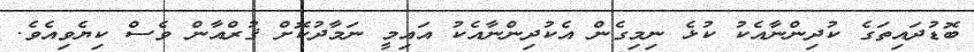
ބޮޑުދައިތަގެ ކުދިންނާއެކު ކުޅެ ނިމިގެން އެކުދިންނާއެކު އައިމީ ނަމާދުކޮށް ޤުރްއާން ވެސް ކިޔެވިއެވެ.